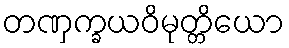
တဏှက္ခယဝိမုတ္တိယော